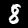
Digit: 8